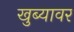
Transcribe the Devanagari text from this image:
खुब्यावर